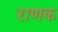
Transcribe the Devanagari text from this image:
राणक